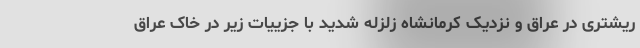
ریشتری در عراق و نزدیک کرمانشاه زلزله شدید با جزییات زیر در خاک عراق